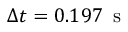
\Delta t = 0 . 1 9 7 \, \mathrm { ~ s ~ }